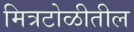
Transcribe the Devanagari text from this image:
मित्रटोळीतील